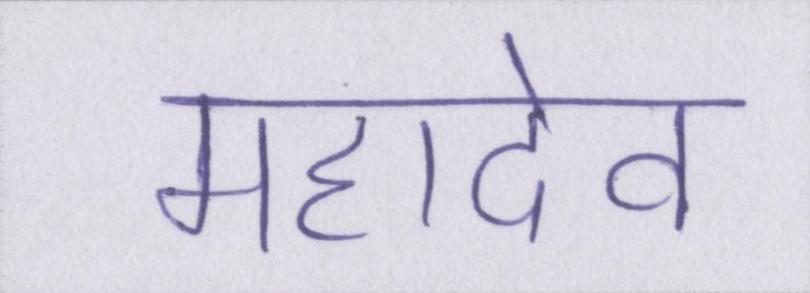
महादेव